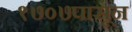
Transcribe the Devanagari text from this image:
१७०७पासून